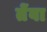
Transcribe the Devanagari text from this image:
तेंवा